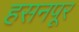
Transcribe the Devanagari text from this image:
हसनपूर